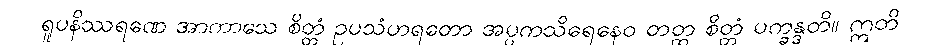
ရူပနိဿရဏေ အာကာသေ စိတ္တံ ဥပသံဟရတော အပ္ပကသိရေနေဝ တတ္ထ စိတ္တံ ပက္ခန္ဒတိ။ ဣတိ